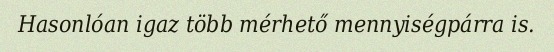
Hasonlóan igaz több mérhető mennyiségpárra is.